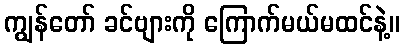
ကျွန်တော် ခင်ဗျားကို ကြောက်မယ်မထင်နဲ့။